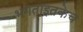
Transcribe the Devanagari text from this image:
भगतांइतकेच